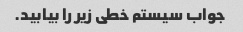
جواب سیستم خطی زیر را بیابید.